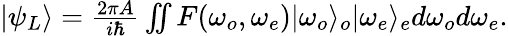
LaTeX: \begin{array}{r}{|\psi_{L}\rangle=\frac{2\pi A}{i\hbar}\iint F(\omega_{o},\omega_{e})|\omega_{o}\rangle_{o}|\omega_{e}\rangle_{e}d\omega_{o}d\omega_{e}.}\end{array}